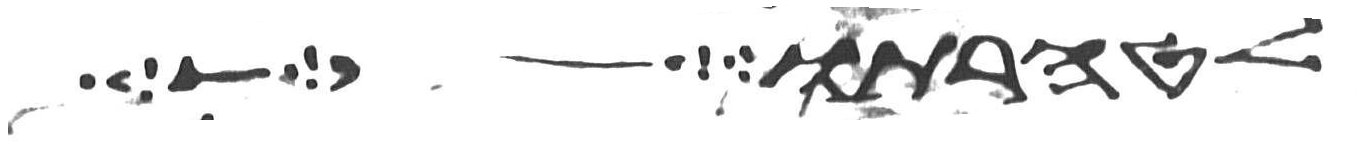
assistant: לטהרתו